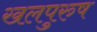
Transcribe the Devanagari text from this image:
खलपुरुष